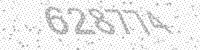
Solution: 628774